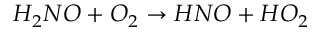
H _ { 2 } N O + O _ { 2 } \rightarrow H N O + H O _ { 2 }